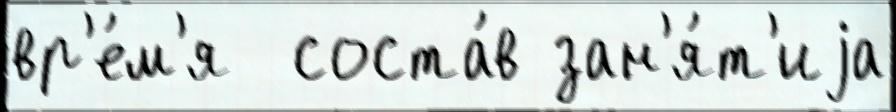
вр'е́м'я  соста́в зан'я́т'иjа